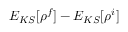
E _ { K S } [ \rho ^ { f } ] - E _ { K S } [ \rho ^ { i } ]